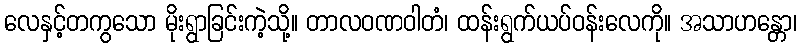
လေနှင့်တကွသော မိုးရွာခြင်းကဲ့သို့။ တာလဝဏဝါတံ၊ ထန်းရွက်ယပ်ဝန်းလေကို။ အသာဟန္တော၊